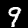
Label: 9